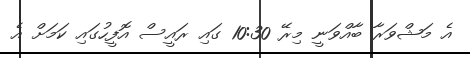
އެ މަޝްވަރާ ބާއްވަނީ މިރޭ 10:30 ގައި ރައީސް އޮފީހުގައި ކަމަށް އެ